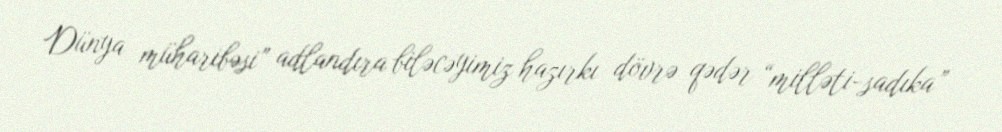
Dünya müharibəsi” adlandıra biləcəyimiz hazırkı dövrə qədər “milləti-sadıka”